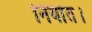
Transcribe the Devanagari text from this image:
निर्यात।